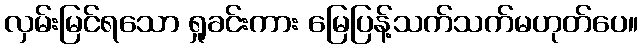
လှမ်းမြင်ရသော ရှုခင်းကား မြေပြန့်သက်သက်မဟုတ်ပေ။